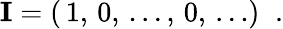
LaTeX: {\mathbf I}=(\, 1,\, 0,\, \ldots,\, 0,\, \ldots)\; \; .